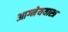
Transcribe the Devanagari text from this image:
आग्नेययास्त्र